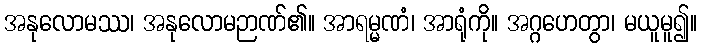
အနုလောမဿ၊ အနုလောမဉာဏ်၏။ အာရမ္မဏံ၊ အာရုံကို။ အဂ္ဂဟေတွာ၊ မယူမူ၍။